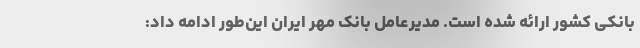
بانکی کشور ارائه شده است. مدیرعامل بانک مهر ایران این‌طور ادامه داد: